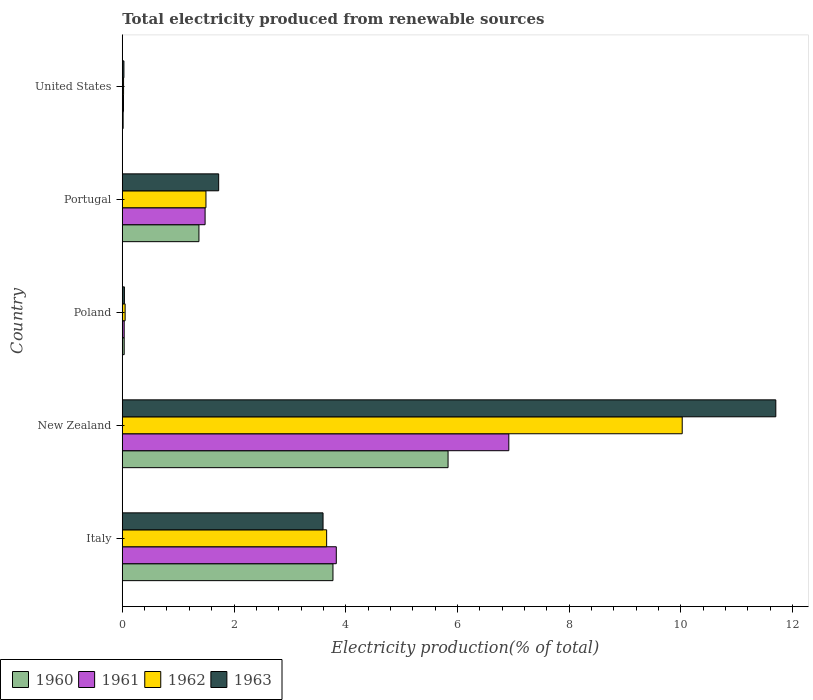
| Country | 1960 | 1961 | 1962 | 1963 |
 | --- | --- | --- | --- | --- |
 | Italy | 3.77 | 3.83 | 3.66 | 3.59 |
 | New Zealand | 5.83 | 6.92 | 10 | 11.7 |
 | Poland | 0.0342 | 0.0341 | 0.0509 | 0.0379 |
 | Portugal | 1.37 | 1.48 | 1.5 | 1.73 |
 | United States | 0.0153 | 0.0215 | 0.0228 | 0.0294 |